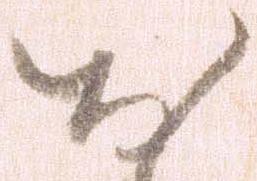
お